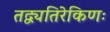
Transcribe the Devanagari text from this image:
तद्व्यतिरेकिणः